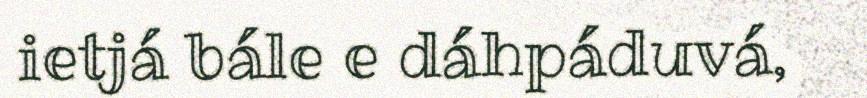
ietjá bále e dáhpáduvá,